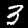
Label: 3